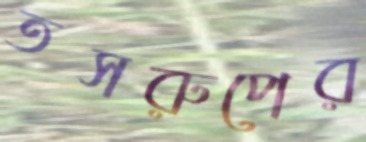
তসরুপের